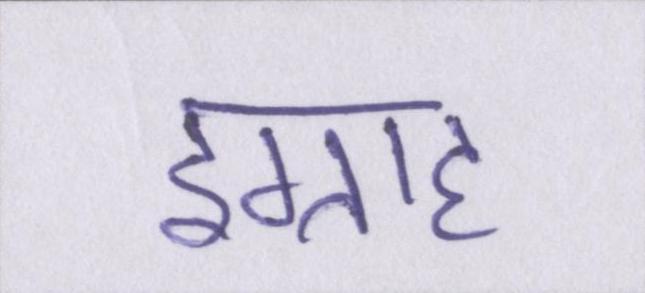
इग्राह